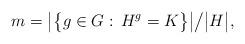
LaTeX: \begin{align*}m = \big\vert\big\{g\in G:\, H^g = K\big\}\big\vert \big/ \big\vert H\big\vert,\end{align*}